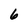
Character: 6